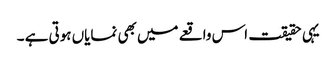
یہی حقیقت اس واقعے میں بھی نمایاں ہوتی ہے ۔